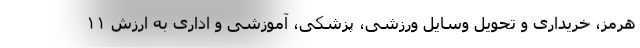
هرمز، خریداری و تحویل وسایل ورزشی، پزشکی، آموزشی و اداری به ارزش ۱۱